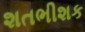
શતભીશક